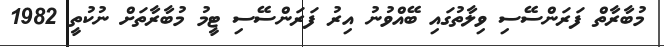
މުބާރާތް ފަރަންސޭސި ވިލާތުގައި ބޭއްވުނު އިރު ފަރަންސޭސި ޓީމު މުބާރާތަށް ނުކުތީ 1982